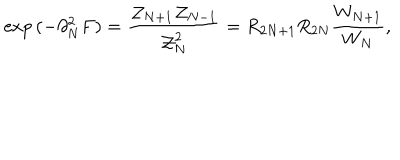
\exp { ( - \partial _ { N } ^ { 2 } F ) } = { \frac { { \cal Z } _ { N + 1 } { \cal Z } _ { N - 1 } } { { \cal Z } _ { N } ^ { 2 } } } = R _ { 2 N + 1 } R _ { 2 N } { \frac { W _ { N + 1 } } { W _ { N } } } ,